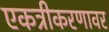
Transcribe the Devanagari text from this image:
एकत्रीकरणावर